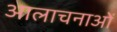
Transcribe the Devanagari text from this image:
आलाचनाओं